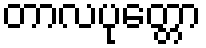
တာလပုတ္တော